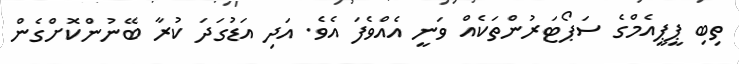
ތިބި ޕީޕީއެމްގެ ސަޕޯޓަރުންތަކެއް ވަނީ އެއްވެފަ އެވެ. އަދި އަޑުގަދަ ކުރާ ބޭނުންކޮށްގެން